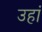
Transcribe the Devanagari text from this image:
उहां